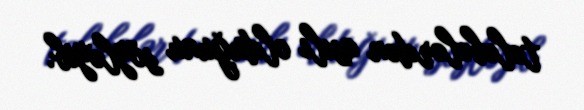
tələbələrdən asılı olduğunu söyləyib.